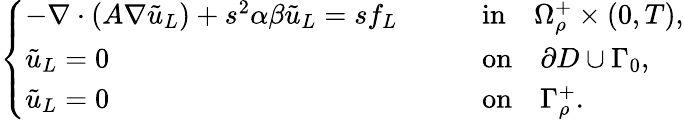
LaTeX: \begin{array}{r}{\left\{ \begin{array}{lll}{-\nabla\cdot(A\nabla\tilde{u}_{L})+s^{2}\alpha\beta\tilde{u}_{L}=sf_{L}\quad}&&{\mathrm{in}\quad\Omega_{\rho}^{+}\times(0,T),}\\ {\tilde{u}_{L}=0\quad}&&{\mathrm{on}\quad\partial D\cup\Gamma_{0},}\\ {\tilde{u}_{L}=0\quad}&&{\mathrm{on}\quad\Gamma_{\rho}^{+}.}\end{array}\right.}\end{array}